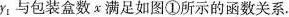
y_{1}与包装盒数x满足如图①所示的函数关系.